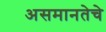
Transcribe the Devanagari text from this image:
असमानतेचे